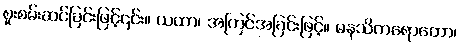
စူးစမ်းဆင်ခြင်းဖြင့်၎င်း။ ယထာ၊ အကြင်အခြင်းဖြင့်။ မနသိကရောတော၊